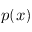
p ( x )